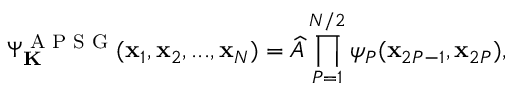
\Psi _ { \bf K } ^ { \textrm { A P S G } } ( \mathbf { x } _ { 1 } , \mathbf { x } _ { 2 } , . . . , \mathbf { x } _ { N } ) = \widehat { A } \prod _ { P = 1 } ^ { N / 2 } \psi _ { P } ( \mathbf { x } _ { 2 P - 1 } , \mathbf { x } _ { 2 P } ) ,